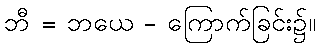
ဘီ = ဘယေ - ကြောက်ခြင်း၌။